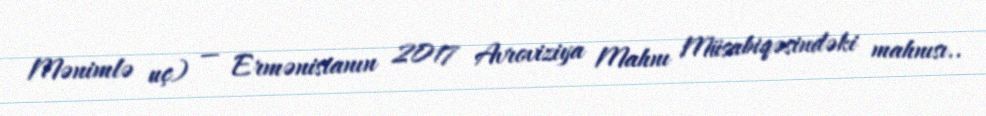
Mənimlə uç) — Ermənistanın 2017 Avroviziya Mahnı Müsabiqəsindəki mahnısı..